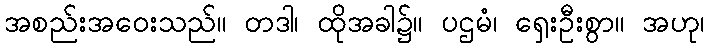
အစည်းအဝေးသည်။ တဒါ၊ ထိုအခါ၌။ ပဌမံ၊ ရှေးဦးစွာ။ အဟု၊